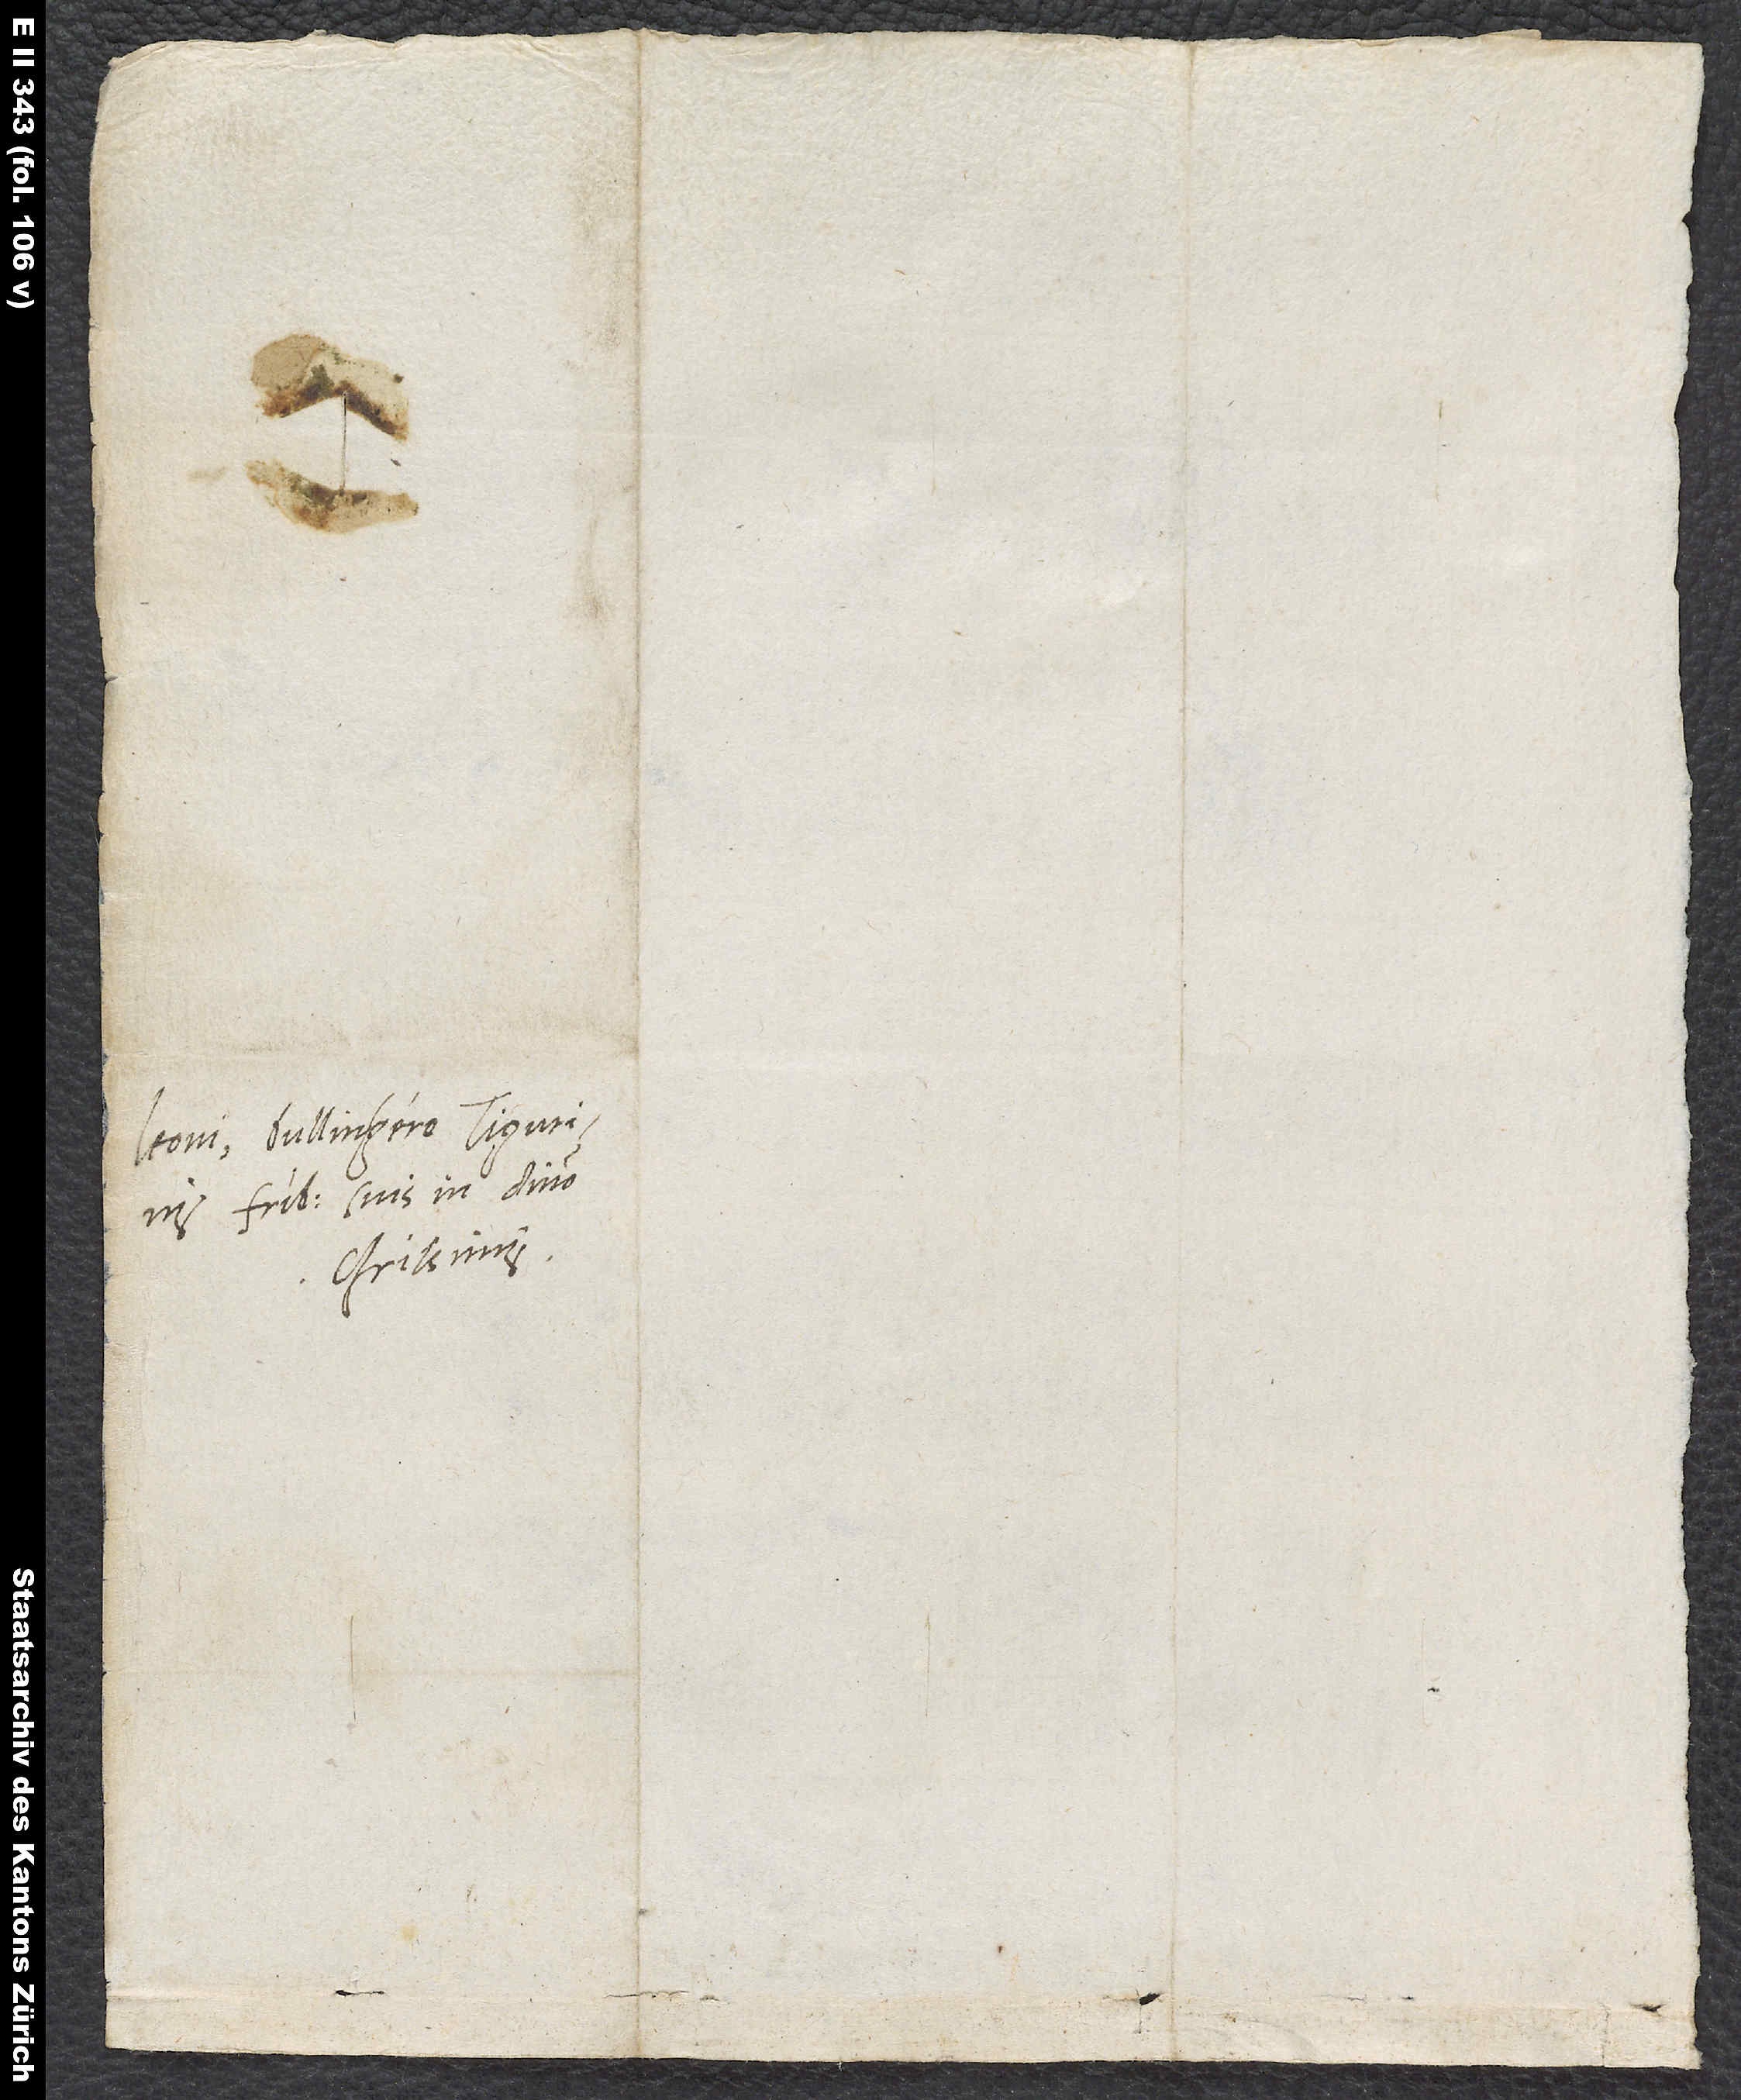
Leoni, Bullingero Tigurinis,
fratribus suis in domino